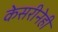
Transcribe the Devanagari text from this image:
केसरीनेही